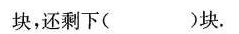
块，还剩下( )块。